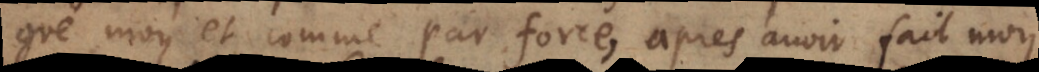
gré moy et comme par force, après avoir fait moy